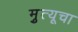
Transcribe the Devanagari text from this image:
मृुत्यूचा